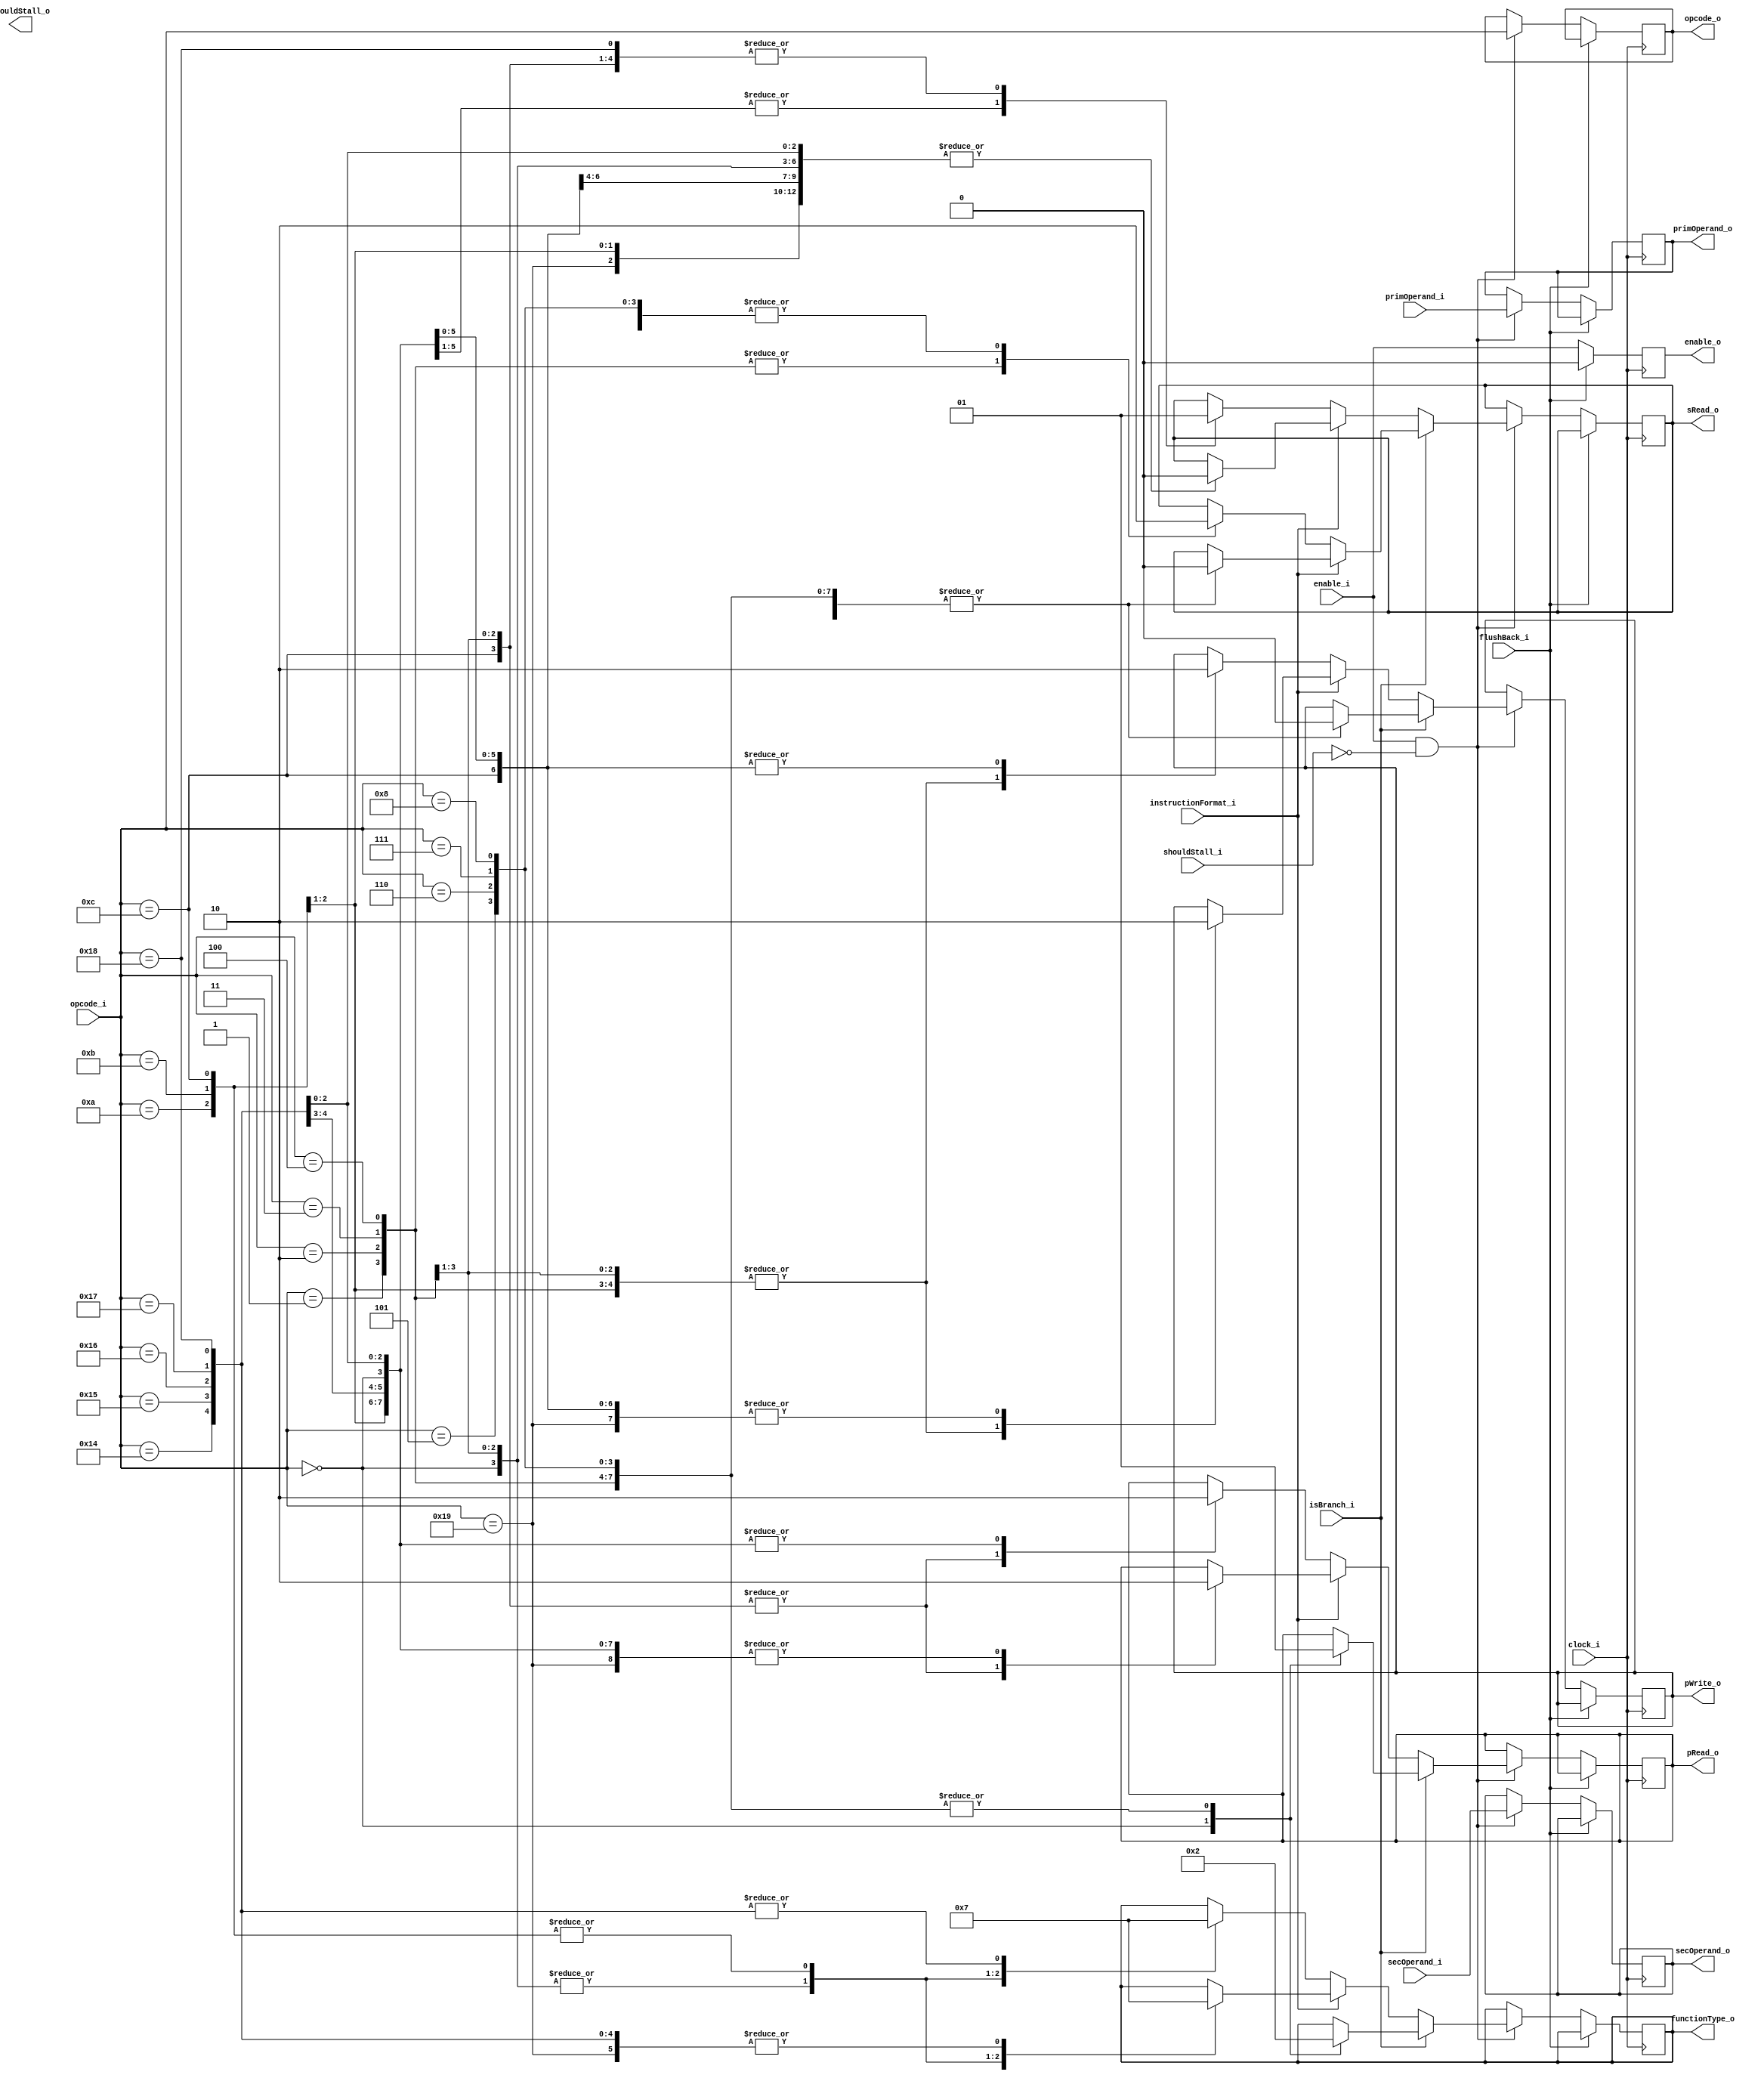
`timescale 1ns / 1ps
`default_nettype none
module Decode(
	//control
	input wire clock_i,
	input wire enable_i,
	input wire flushBack_i, 
	input wire shouldStall_i,
	//input
	input wire isBranch_i,	
	input wire instructionFormat_i,
	input wire [6:0] opcode_i,	
	input wire [4:0] primOperand_i,
	input wire [15:0] secOperand_i,
	
	//control out
	output reg shouldStall_o,
	//output
	output reg [6:0] opcode_o,
	output reg [1:0] functionType_o,	
	output reg [4:0] primOperand_o,
	output reg [15:0] secOperand_o,
	output reg pRead_o, pWrite_o, sRead_o,
	output reg enable_o
);	

always @(posedge clock_i)
begin
	if(flushBack_i == 1)
	begin
		enable_o <= 0;
	end
	else
	begin
		enable_o <= enable_i;		
		if(enable_i == 1  && (shouldStall_i == 0))
		begin
			opcode_o <= opcode_i;
			primOperand_o <= primOperand_i;
			secOperand_o <= secOperand_i;	
			//Function type:
			//0 = arithmatic
			//1 = load/store
			//2 = branch
			//3 = reg
			if(isBranch_i)
				if(instructionFormat_i)//Register-imediate
				begin///PRIMARY IS BRANCH OFFSET, SECONDARY IS CONDITION
					//reg-imm branch
					case(opcode_i)//functionType_o = Arithmatic, Load/Store, Flow control, regfile (0,1,2,3)
					0: begin functionType_o <= 0; pRead_o <= 0; pWrite_o <= 0; sRead_o <= 0; end//nop
					1: begin functionType_o <= 2; pRead_o <= 1; pWrite_o <= 0; sRead_o <= 0; end//conditional branch +
					2: begin functionType_o <= 2; pRead_o <= 1; pWrite_o <= 0; sRead_o <= 0; end//unconditional branch +
					3: begin functionType_o <= 2; pRead_o <= 1; pWrite_o <= 0; sRead_o <= 0; end//conditional branch -
					4: begin functionType_o <= 2; pRead_o <= 1; pWrite_o <= 0; sRead_o <= 0; end//unconditional branch -
					5: begin functionType_o <= 2; pRead_o <= 1; pWrite_o <= 0; sRead_o <= 0; end//branch forwards on overflow
					6: begin functionType_o <= 2; pRead_o <= 1; pWrite_o <= 0; sRead_o <= 0; end//branch forwards on underflow
					7: begin functionType_o <= 2; pRead_o <= 1; pWrite_o <= 0; sRead_o <= 0; end//branch backwards on overflow
					8: begin functionType_o <= 2; pRead_o <= 1; pWrite_o <= 0; sRead_o <= 0; end//branch backwards on underflow
					endcase
				end
				else//else register-register branch
					begin
					case(opcode_i)
					0: begin functionType_o <= 0; pRead_o <= 0; pWrite_o <= 0; sRead_o <= 0; end//nop
					1: begin functionType_o <= 2; pRead_o <= 1; pWrite_o <= 0; sRead_o <= 1; end//conditional branch +
					2: begin functionType_o <= 2; pRead_o <= 1; pWrite_o <= 0; sRead_o <= 1; end//uconditional branch +
					3: begin functionType_o <= 2; pRead_o <= 1; pWrite_o <= 0; sRead_o <= 1; end//conditional branch -
					4: begin functionType_o <= 2; pRead_o <= 1; pWrite_o <= 0; sRead_o <= 1; end//uconditional branch -
					5: begin functionType_o <= 2; pRead_o <= 1; pWrite_o <= 0; sRead_o <= 0; end//branch forwards on overflow
					6: begin functionType_o <= 2; pRead_o <= 1; pWrite_o <= 0; sRead_o <= 0; end//branch forwards on underflow
					7: begin functionType_o <= 2; pRead_o <= 1; pWrite_o <= 0; sRead_o <= 0; end//branch backwards on overflow
					8: begin functionType_o <= 2; pRead_o <= 1; pWrite_o <= 0; sRead_o <= 0; end//branch backwards on underflow
					endcase
				end
			else
			begin//non branch opcodes
				if(instructionFormat_i)//Register-imediate
				begin
					case(opcode_i)
					//reg-imm arith
					0: begin functionType_o <= 0; pRead_o <= 0; pWrite_o <= 0; sRead_o <= 0; end//nop
					1: begin functionType_o <= 0; pRead_o <= 1; pWrite_o <= 1; sRead_o <= 0; end//add
					2: begin functionType_o <= 0; pRead_o <= 1; pWrite_o <= 1; sRead_o <= 0; end//sub
					3: begin functionType_o <= 0; pRead_o <= 1; pWrite_o <= 1; sRead_o <= 0; end//mul
					
					//reg-imm load/store
					10: begin functionType_o <= 1; pRead_o <= 0; pWrite_o <= 1; sRead_o <= 0; end//load immediate val to reg
					11: begin functionType_o <= 1; pRead_o <= 0; pWrite_o <= 1; sRead_o <= 0; end//load prim from mem @ addr sec
					12: begin functionType_o <= 1; pRead_o <= 1; pWrite_o <= 0; sRead_o <= 0; end//store prim to mem at addr sec	
					//reg stack-frame
					20: begin functionType_o <= 3; pRead_o <= 0; pWrite_o <= 0; sRead_o <= 0; end//reg-frame++
					21: begin functionType_o <= 3; pRead_o <= 0; pWrite_o <= 0; sRead_o <= 0; end//reg-frame--
					22: begin functionType_o <= 3; pRead_o <= 0; pWrite_o <= 0; sRead_o <= 0; end//request new frame (unimplemented)
					23: begin functionType_o <= 3; pRead_o <= 0; pWrite_o <= 0; sRead_o <= 0; end//del current stack frame (unimplemented)
					24: begin functionType_o <= 3; pRead_o <= 0; pWrite_o <= 0; sRead_o <= 0; end//jump to reg frame at secondary
					25: begin functionType_o <= 3; pRead_o <= 0; pWrite_o <= 0; sRead_o <= 0; end//jump to reg frame at primary (unimplemented)
					endcase
				end
				else//Register-Register
				begin
					case(opcode_i)
					//reg-reg arith
					0: begin functionType_o <= 0; pRead_o <= 0; pWrite_o <= 0; sRead_o <= 0; end//nop
					1: begin functionType_o <= 0; pRead_o <= 1; pWrite_o <= 1; sRead_o <= 1; end//add
					2: begin functionType_o <= 0; pRead_o <= 1; pWrite_o <= 1; sRead_o <= 1; end//sub
					3: begin functionType_o <= 0; pRead_o <= 1; pWrite_o <= 1; sRead_o <= 1; end//mul
					
					//reg-reg load/store
					10: begin functionType_o <= 1; pRead_o <= 0; pWrite_o <= 1; sRead_o <= 1; end//load immediate val to reg
					11: begin functionType_o <= 1; pRead_o <= 0; pWrite_o <= 1; sRead_o <= 1; end//load prim from mem @ addr sec
					12: begin functionType_o <= 1; pRead_o <= 1; pWrite_o <= 0; sRead_o <= 1; end//store prim to mem at addr sec	
					//reg stack-frame
					20: begin functionType_o <= 3; pRead_o <= 0; pWrite_o <= 0; sRead_o <= 0; end//reg-frame++
					21: begin functionType_o <= 3; pRead_o <= 0; pWrite_o <= 0; sRead_o <= 0; end//reg-frame--
					22: begin functionType_o <= 3; pRead_o <= 0; pWrite_o <= 0; sRead_o <= 0; end//request new frame (unimplemented)
					23: begin functionType_o <= 3; pRead_o <= 0; pWrite_o <= 0; sRead_o <= 0; end//del current stack frame (unimplemented)
					24: begin functionType_o <= 3; pRead_o <= 0; pWrite_o <= 0; sRead_o <= 1; end//just to reg frame at secondary (unimplemented)
					endcase
				end
			end
		end
	end
end
endmodule